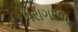
પરાગરજ